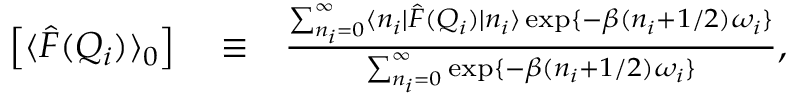
\begin{array} { r l r } { \left[ \langle \hat { F } ( Q _ { i } ) \rangle _ { 0 } \right] } & { { } \equiv } & { \frac { \sum _ { n _ { i } = 0 } ^ { \infty } \langle n _ { i } | \hat { F } ( Q _ { i } ) | n _ { i } \rangle \exp \{ - \beta ( n _ { i } + 1 / 2 ) \omega _ { i } \} } { \sum _ { n _ { i } = 0 } ^ { \infty } \exp \{ - \beta ( n _ { i } + 1 / 2 ) \omega _ { i } \} } , } \end{array}